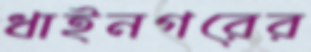
ধাইনগরের